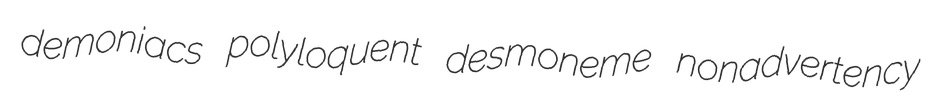
demoniacs polyloquent desmoneme nonadvertency